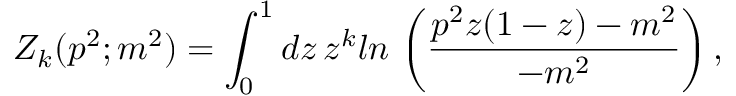
Z _ { k } ( p ^ { 2 } ; m ^ { 2 } ) = \int _ { 0 } ^ { 1 } d z \, z ^ { k } l n \, \left( { \frac { p ^ { 2 } z ( 1 - z ) - m ^ { 2 } } { - m ^ { 2 } } } \right) ,